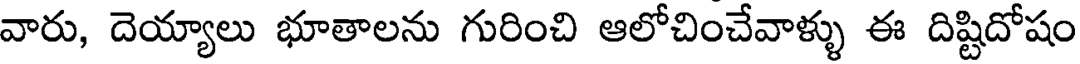
వారు, దెయ్యాలు భూతాలను గురించి ఆలోచించేవాళ్ళు ఈ దిష్టిదోషం